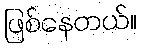
ဖြစ်နေတယ်။